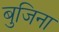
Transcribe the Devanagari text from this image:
बुजिना